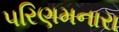
પરિણમનારા